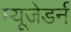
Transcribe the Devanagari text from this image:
म्यूजेडर्न